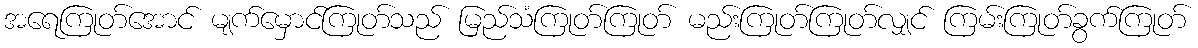
အရေကြုတ်အောင် မျက်မှောင်ကြုတ်သည် မြည်သံကြုတ်ကြုတ် မည်းကြုတ်ကြုတ်လျှင် ကြမ်းကြုတ်ခွက်ကြုတ်